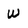
Character: W